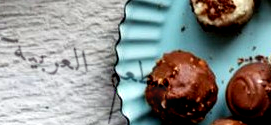
مطعم العربية